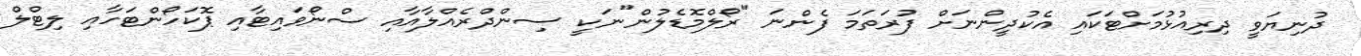
ދުނިޔަވީ ދިރިއުޅުމަށްޓަކައި އެކުދީންނަށް ފުރަތަމަ ފެންނަ "ރޯލްމޮޑެލުން"ނަކީ ސިންދްރެއްލާއާއި ސްނޯވައިޓާއި ޕޮކަހޯންޓަހާއި ލިޓްލް